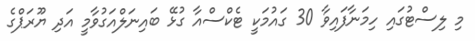
މި ލިސްޓުގައި ހިމަނާފައިވާ 30 ގައުމަކީ ޓެކްސްއާ ގުޅޭ ބައިނަލްއަގުވާމީ އަދި ޔޫރަޕްގެ